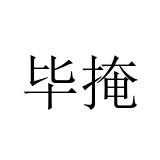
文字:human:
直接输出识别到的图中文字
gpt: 毕掩